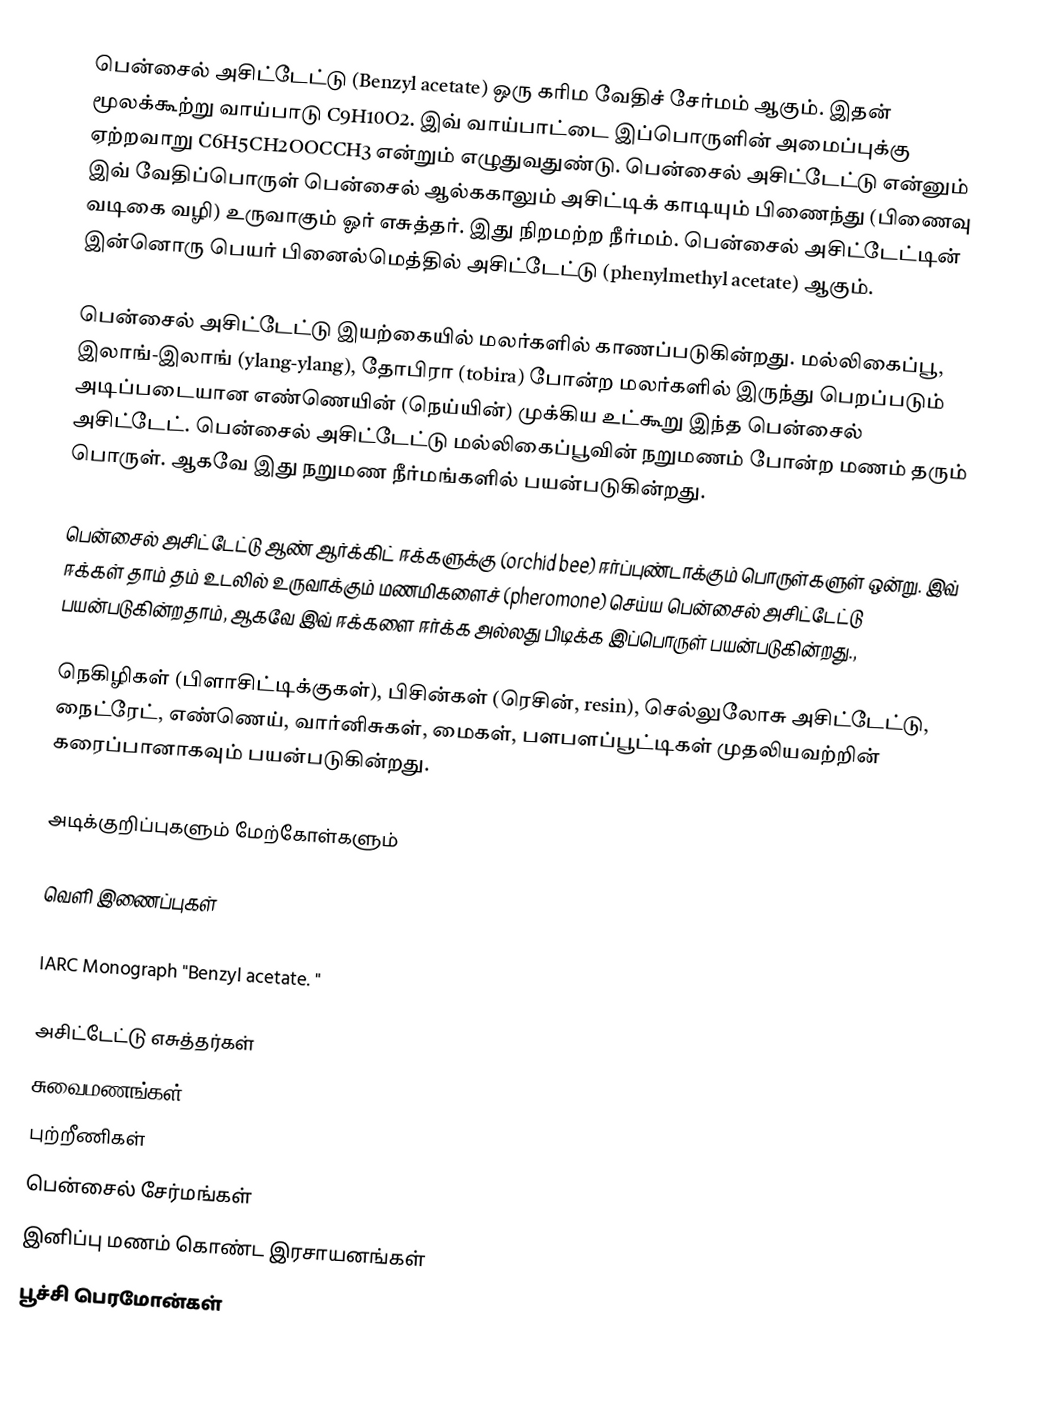
பென்சைல் அசிட்டேட்டு (Benzyl acetate) ஒரு கரிம வேதிச் சேர்மம் ஆகும். இதன் மூலக்கூற்று வாய்பாடு C9H10O2. இவ் வாய்பாட்டை இப்பொருளின் அமைப்புக்கு ஏற்றவாறு C6H5CH2OOCCH3 என்றும் எழுதுவதுண்டு. பென்சைல் அசிட்டேட்டு என்னும் இவ் வேதிப்பொருள் பென்சைல் ஆல்ககாலும் அசிட்டிக் காடியும் பிணைந்து (பிணைவு வடிகை வழி) உருவாகும் ஓர் எசுத்தர். இது நிறமற்ற நீர்மம். பென்சைல் அசிட்டேட்டின் இன்னொரு பெயர் பினைல்மெத்தில் அசிட்டேட்டு (phenylmethyl acetate) ஆகும்.

பென்சைல் அசிட்டேட்டு இயற்கையில் மலர்களில் காணப்படுகின்றது. மல்லிகைப்பூ, இலாங்-இலாங் (ylang-ylang), தோபிரா (tobira) போன்ற மலர்களில் இருந்து பெறப்படும் அடிப்படையான எண்ணெயின் (நெய்யின்) முக்கிய உட்கூறு இந்த பென்சைல் அசிட்டேட். பென்சைல் அசிட்டேட்டு மல்லிகைப்பூவின் நறுமணம் போன்ற மணம் தரும் பொருள். ஆகவே இது நறுமண நீர்மங்களில் பயன்படுகின்றது.

பென்சைல் அசிட்டேட்டு ஆண் ஆர்க்கிட் ஈக்களுக்கு (orchid bee) ஈர்ப்புண்டாக்கும் பொருள்களுள் ஒன்று. இவ் ஈக்கள் தாம் தம் உடலில் உருவாக்கும் மணமிகளைச் (pheromone) செய்ய பென்சைல் அசிட்டேட்டு பயன்படுகின்றதாம், ஆகவே இவ் ஈக்களை ஈர்க்க அல்லது பிடிக்க இப்பொருள் பயன்படுகின்றது.,

நெகிழிகள் (பிளாசிட்டிக்குகள்), பிசின்கள் (ரெசின், resin), செல்லுலோசு அசிட்டேட்டு, நைட்ரேட், எண்ணெய், வார்னிசுகள், மைகள், பளபளப்பூட்டிகள் முதலியவற்றின் கரைப்பானாகவும் பயன்படுகின்றது.

அடிக்குறிப்புகளும் மேற்கோள்களும்

வெளி இணைப்புகள்

IARC Monograph "Benzyl acetate. "

அசிட்டேட்டு எசுத்தர்கள்
சுவைமணங்கள்
புற்றீணிகள்
பென்சைல் சேர்மங்கள்
இனிப்பு மணம் கொண்ட இரசாயனங்கள்
பூச்சி பெரமோன்கள்